Annual report of the Punjab Veterinary College and of the Civil Veterinary Department, Punjab - 1894-1908
Year: 1894
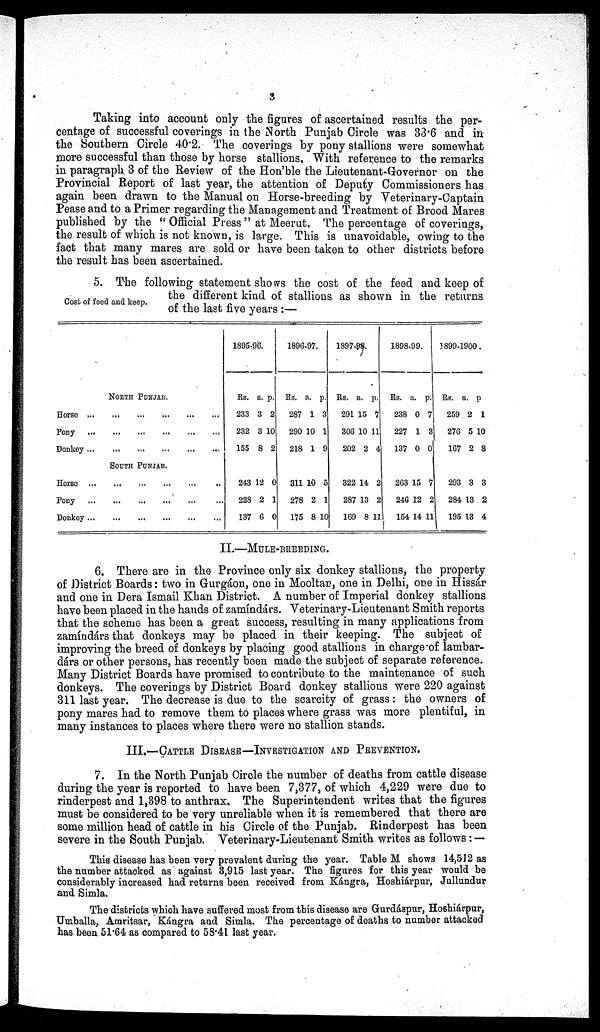
3
Taking into account only the figures of ascertained results the per-
centage of successful coverings in the North Punjab Circle was 33.6 and in
the Southern Circle 40.2. The coverings by pony stallions were somewhat
more successful than those by horse stallions. With reference to the remarks
in paragraph 3 of the Review of the Hon'ble the Lieutenant-Governor on the
Provincial Report of last year, the attention of Deputy Commissioners has
again been drawn to the Manual on Horse-breeding by Veterinary-Captain
Pease and to a Primer regarding the Management and Treatment of Brood Mares
published by the "Official Press" at Meerut. The percentage of coverings,
the result of which is not known, is large. This is unavoidable, owing to the
fact that many mares are sold or have been taken to other districts before
the result has been ascertained.
Cost of feed and keep.
5. The following statement shows the cost of the feed and keep of
the different kind of stallions as shown in the returns
of the last five years :—
NORTH PUNJAB.
Horse ...
...
...
...
...
Pony
...
...
...
...
...
Donkey ...
...
...
...
...
SOUTH PUNJAB.
Horse
...
...
...
...
...
Pony...
...
...
...
Donkey ...
...
...
..
...
1895-96.
Rs.
233
232
155
a.
3
3
8
p.
2
10
2
243
228
137
12
2
6
0
1
0
1896-97.
Rs.
287
290
218
a.
1
10
1
p.
3
1
9
311
278
175
10
2
8
5
1
10
1897-98.
Rs.
291
306
202
a.
15
10
2
p.
7
11
4
322
287
169
14
13
8
2
2
11
1898-99.
Rs.
238
227
137
a.
0
1
0
p.
7
3
0
263
246
154
15
12
14
7
2
11
1899-1900.
Rs.
259
276
167
a.
2
5
2
p
1
10
8
293
284
195
3
13
13
3
2
4
II.—MULE-BREEDING.
6. There are in the Province only six donkey stallions, the property
of District Boards: two in Gurgáon, one in Mooltan, one in Delhi, one in Hissár
and one in Dera Ismail Khan District. A number of Imperial donkey stallions
have been placed in the hands of zamíndárs. Veterinary-Lieutenant Smith reports
that the scheme has been a great success, resulting in many applications from
zamíndárs that donkeys may be placed in their keeping. The subject of
improving the breed of donkeys by placing good stallions in charge of lambar-
dárs or other persons, has recently been made the subject of separate reference.
Many District Boards have promised to contribute to the maintenance of such
donkeys. The coverings by District Board donkey stallions were 220 against
311 last year. The decrease is due to the scarcity of grass: the owners of
pony mares had to remove them to places where grass was more plentiful, in
many instances to places where there were no stallion stands.
III.—CATTLE DISEASE—INVESTIGATION AND PREVENTION.
7. In the North Punjab Circle the number of deaths from cattle disease
during the year is reported to have been 7,377, of which 4,229 were due to
rinderpest and 1,398 to anthrax. The Superintendent writes that the figures
must be considered to be very unreliable when it is remembered that there are
some million head of cattle in his Circle of the Punjab. Rinderpest has been
severe in the South Punjab. Veterinary-Lieutenant Smith writes as follows:—
This disease has been very prevalent during the year. Table M shows 14,512 as
the number attacked as against 3,915 last year. The figures for this year would be
considerably increased had returns been received from Kángra, Hoshiárpur, Jullundur
and Simla.
The districts which have suffered most from this disease are Gurdápur, Hoshiárpur,
Umballa, Amritsar, Kángra and Simla. The percentage of deaths to number attacked
has been 51.64 as compared to 58.41 last year.